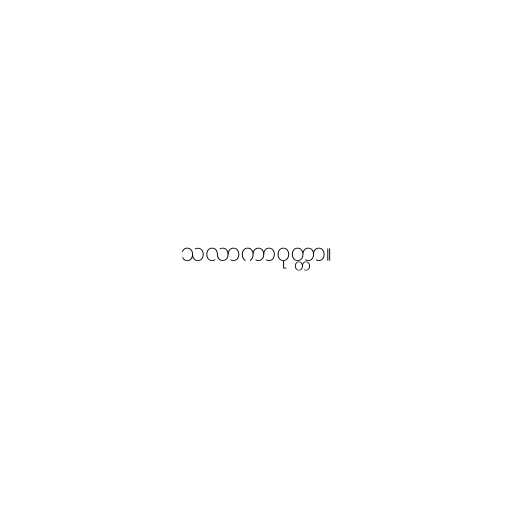
သလာကာဝုတ္တာ။